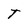
Character: T